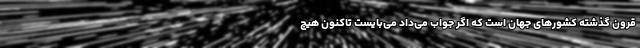
قرون گذشته کشورهای جهان است که اگر جواب می‌داد می‌بایست تاکنون هیچ